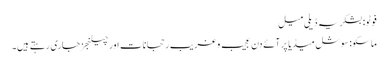
فوٹو: بشکریہ ڈیلی میل
ماسکو: سوشل میڈیا پر آئے دن عجیب و غریب رحجانات اور چیلنجز جاری رہتے ہیں۔